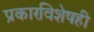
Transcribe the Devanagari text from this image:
प्रकारविशेषही